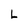
Character: L